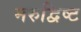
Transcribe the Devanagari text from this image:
मरुद्विष्ट